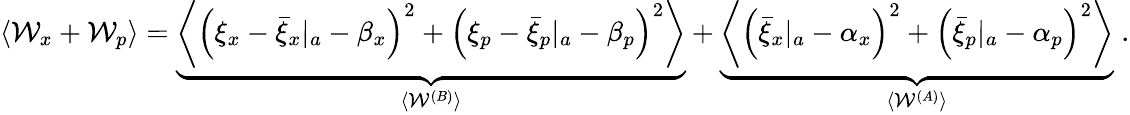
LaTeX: \begin{array}{r}{\langle\mathcal{W}_{x}+\mathcal{W}_{p}\rangle=\underbrace{\left\langle\left(\xi_{x}-{\bar{\xi}_{x}}|_{a}-\beta_{x}\right)^{2}+\left(\xi_{p}-{\bar{\xi}_{p}}|_{a}-\beta_{p}\right)^{2}\right\rangle}_{\langle\mathcal{W}^{(B)}\rangle}+\underbrace{\left\langle\left({\bar{\xi}_{x}}|_{a}-\alpha_{x}\right)^{2}+\left({\bar{\xi}_{p}}|_{a}-\alpha_{p}\right)^{2}\right\rangle}_{\langle\mathcal{W}^{(A)}\rangle}\; .}\end{array}